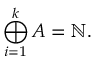
\bigoplus _ { i = 1 } ^ { k } A = \mathbb { N } .